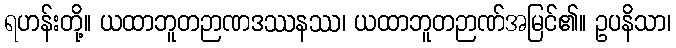
ရဟန်းတို့။ ယထာဘူတဉာဏဒဿနဿ၊ ယထာဘူတဉာဏ်အမြင်၏။ ဥပနိသာ၊